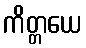
ကိတ္တယေ